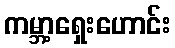
ကမ္ဘာ့ရှေးဟောင်း